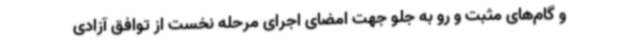
و گام‌های مثبت و رو به جلو جهت امضای اجرای مرحله نخست از توافق آزادی